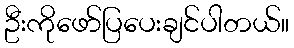
ဦးကိုဖော်ပြပေးချင်ပါတယ်။